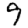
Digit: 9